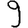
Digit: 9